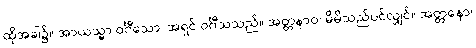
ထိုအခါ၌။ အာယသ္မာ ဝင်္ဂီသော၊ အရှင် ဝင်္ဂီသသည်။ အတ္တနာဝ၊ မိမိသည်ပင်လျှင်။ အတ္တနော၊